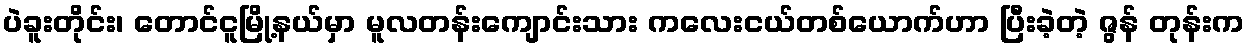
ပဲခူးတိုင်း၊ တောင်ငူမြို့နယ်မှာ မူလတန်းကျောင်းသား ကလေးငယ်တစ်ယောက်ဟာ ပြီးခဲ့တဲ့ ဇွန် တုန်းက